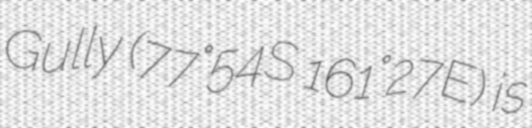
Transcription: Gully (77°54′S 161°27′E) is